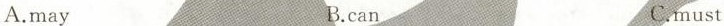
A.may B.can C.must